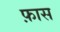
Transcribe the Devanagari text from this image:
फ़ास